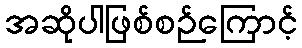
အဆိုပါဖြစ်စဉ်ကြောင့်